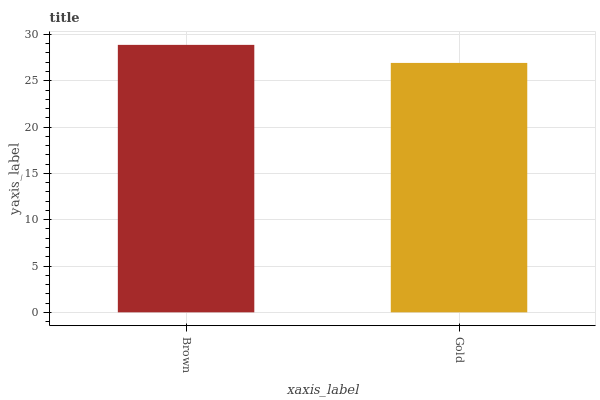
| xaxis_label | bars |
 | --- | --- |
 | Brown | 28.9 |
 | Gold | 26.9 |